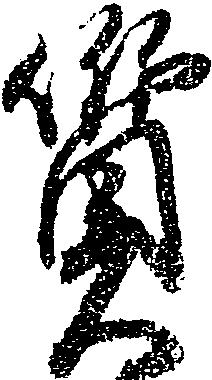
質